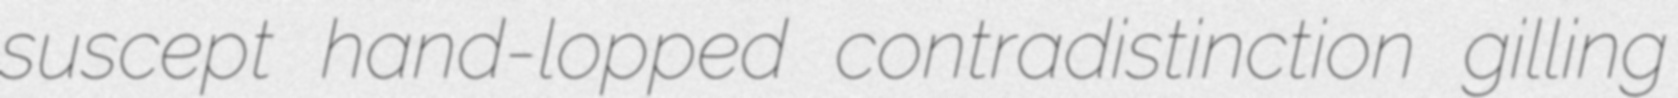
suscept hand-lopped contradistinction gilling